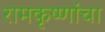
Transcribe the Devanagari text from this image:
रामकृष्णांचा